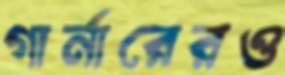
গার্নারেরও